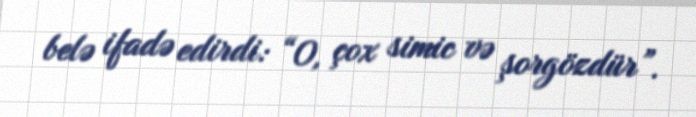
belə ifadə edirdi: “O, çox simic və şorgözdür”.